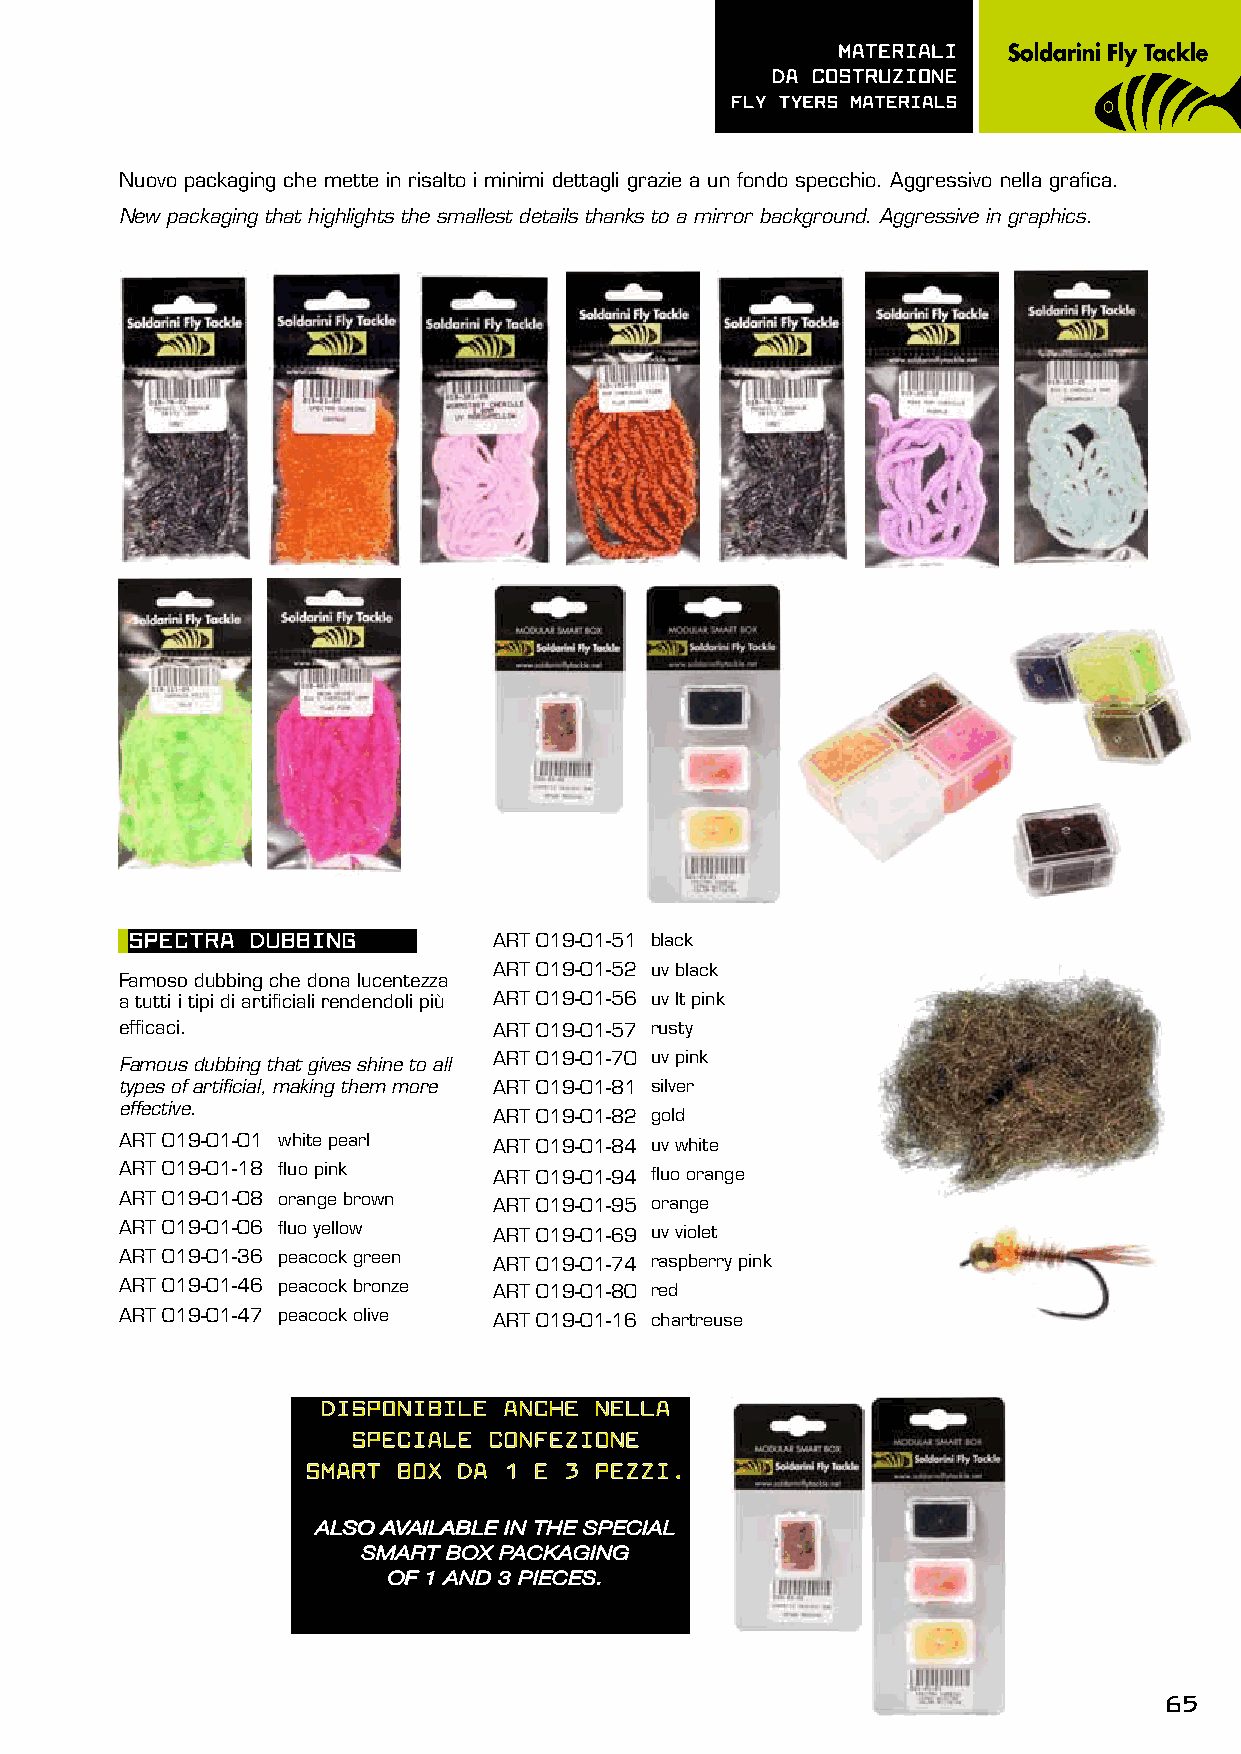
mATERIALI
 dA COsTRUzIOnE
 FLy TyERs mATERIALs
 Nuovo packaging che mette in risalto i minimi dettagli grazie a un fondo specchio. Aggressivo nella grafica.
 New packaging that highlights the smallest details thanks to a mirror background. Aggressive in graphics.
 spECTRA dUBBInG         ART 019-01-51 black
 ART 019-01-52 uv black
 Famoso dubbing che dona lucentezza
 a tutti i tipi di artificiali rendendoli più ART 019-01-56 uv lt pink
 efficaci.                ART 019-01-57 rusty
 Famous dubbing that gives shine to all ART 019-01-70 uv pink
 types of artificial, making them more ART 019-01-81 silver
 effective.
 ART 019-01-82 gold
 ART 019-01-01 white pearl ART 019-01-84 uv white
 ART 019-01-18 fluo pink  ART 019-01-94 fluo orange
 ART 019-01-08 orange brown ART 019-01-95 orange
 ART 019-01-06 fluo yellow ART 019-01-69 uv violet
 ART 019-01-36 peacock green ART 019-01-74 raspberry pink
 ART 019-01-46 peacock bronze ART 019-01-80 red
 ART 019-01-47 peacock olive ART 019-01-16 chartreuse
 dIspOnIBILE AnChE nELLA
 spECIALE COnFEzIOnE
 smART BOX dA 1 E 3 pEzzI.
 also available in the special
 smart box packaging
 of 1 and 3 pieces.
 65